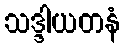
သဒ္ဒါယတနံ